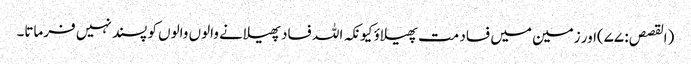
(القصص: ۷۷)اور زمین میں فساد مت پھیلاؤ کیونکہ اللہ فساد پھیلانے والوں والوں کو پسند نہیں فرماتا۔